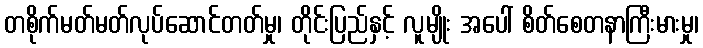
တစိုက်မတ်မတ်လုပ်ဆောင်တတ်မှု၊ တိုင်းပြည်နှင့် လူမျိုး အပေါ် စိတ်စေတနာကြီးမားမှု၊